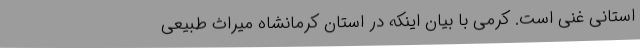
استانی غنی است. کرمی با بیان اینکه در استان کرمانشاه میراث‌ طبیعی